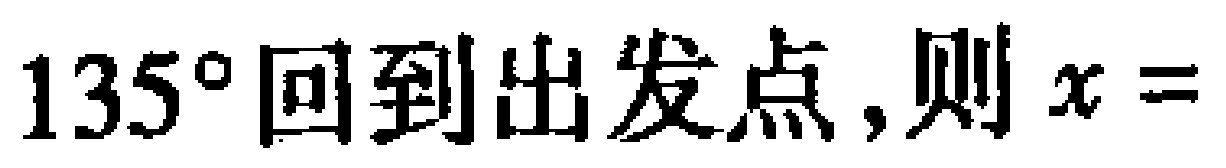
$135^{\circ}回到出发点,则x=$